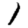
Digit: 1